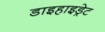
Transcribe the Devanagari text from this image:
डाइहाइड्रेट